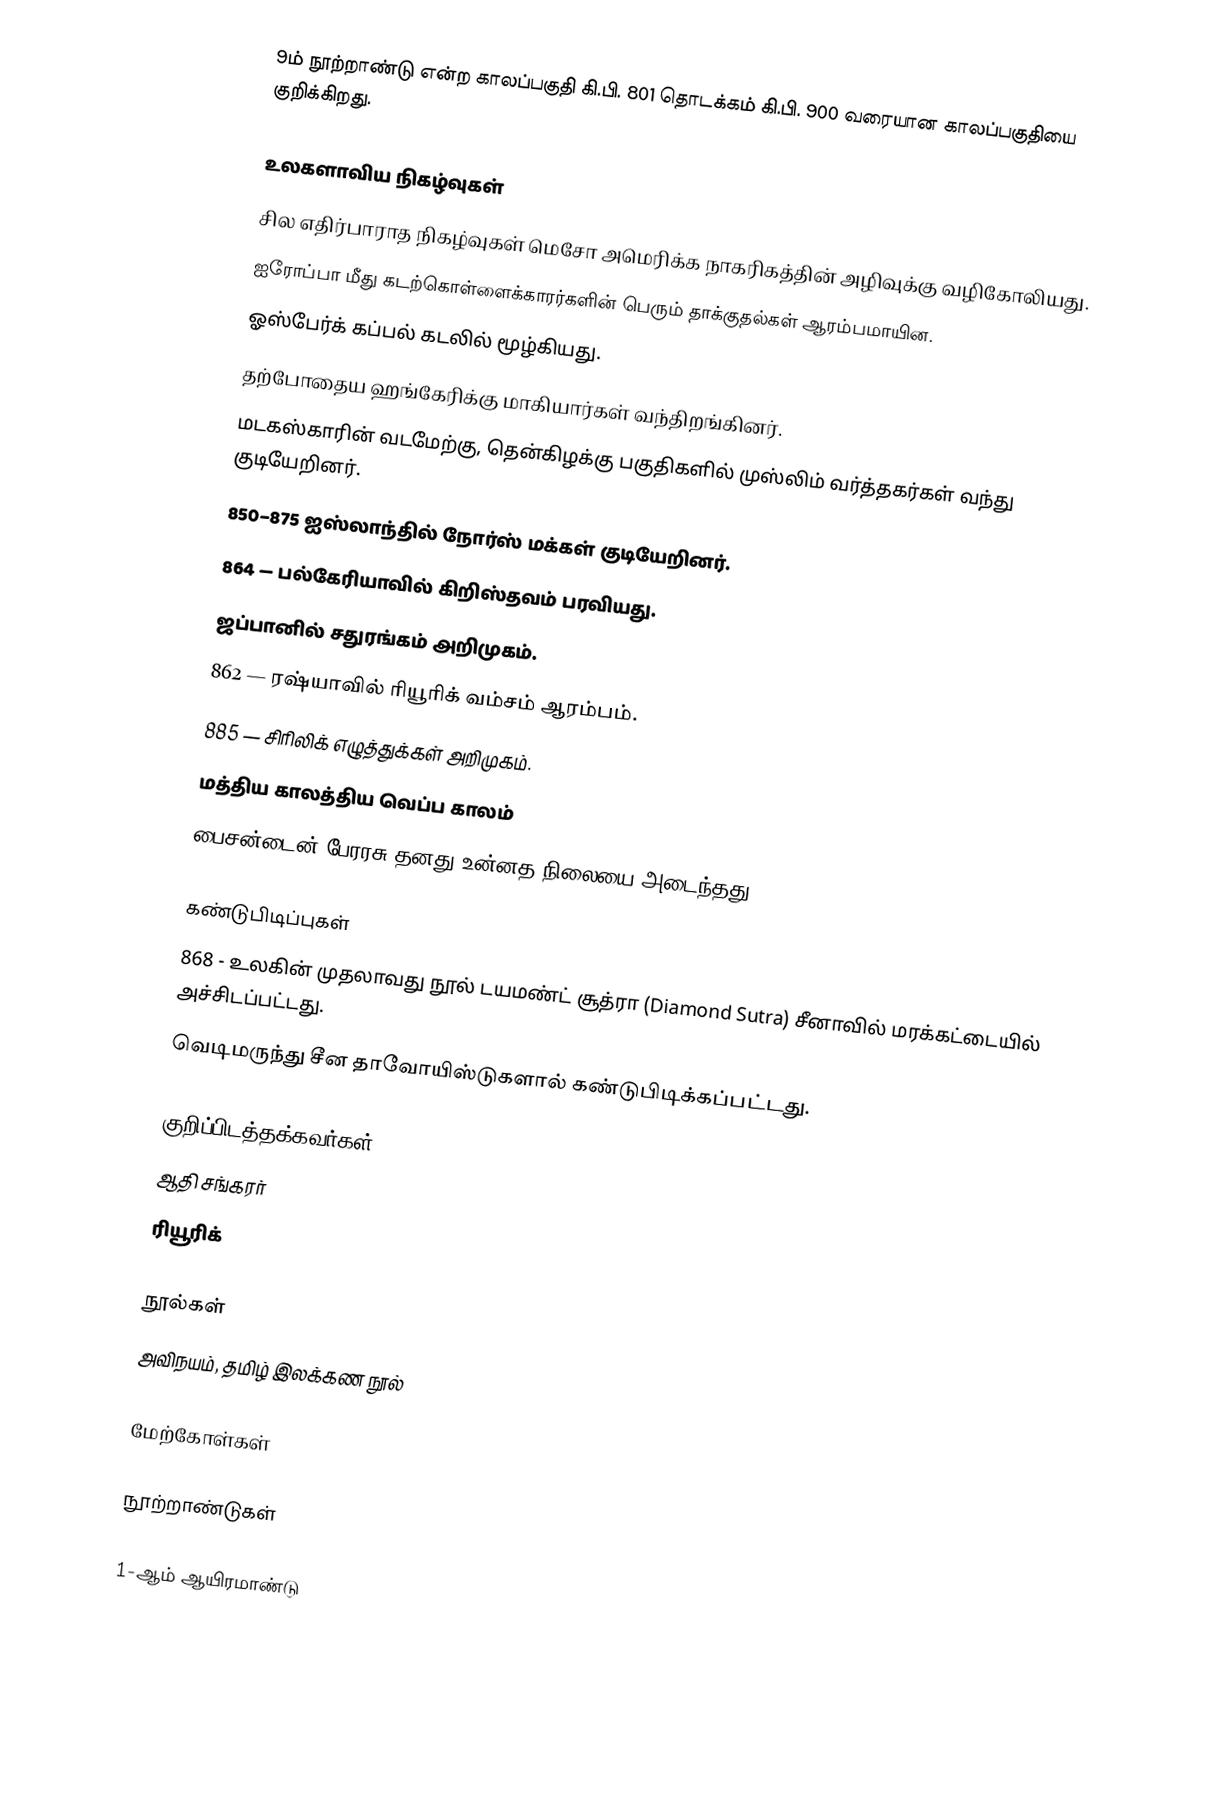
9ம் நூற்றாண்டு என்ற காலப்பகுதி கி.பி. 801 தொடக்கம் கி.பி. 900 வரையான காலப்பகுதியை குறிக்கிறது.

உலகளாவிய நிகழ்வுகள்
 சில எதிர்பாராத நிகழ்வுகள் மெசோ அமெரிக்க நாகரிகத்தின் அழிவுக்கு வழிகோலியது.
 ஐரோப்பா மீது கடற்கொள்ளைக்காரர்களின் பெரும் தாக்குதல்கள் ஆரம்பமாயின.
 ஓஸ்பேர்க் கப்பல் கடலில் மூழ்கியது.
 தற்போதைய ஹங்கேரிக்கு மாகியார்கள் வந்திறங்கினர்.
 மடகஸ்காரின் வடமேற்கு, தென்கிழக்கு பகுதிகளில் முஸ்லிம் வர்த்தகர்கள் வந்து குடியேறினர்.
 850–875 ஐஸ்லாந்தில் நோர்ஸ் மக்கள் குடியேறினர்.
 864 — பல்கேரியாவில் கிறிஸ்தவம் பரவியது.
 ஜப்பானில் சதுரங்கம் அறிமுகம்.
 862 — ரஷ்யாவில் ரியூரிக் வம்சம் ஆரம்பம்.
 885 — சிரிலிக் எழுத்துக்கள் அறிமுகம்.
 மத்திய காலத்திய வெப்ப காலம்
 பைசன்டைன் பேரரசு தனது உன்னத நிலையை அடைந்தது.

கண்டுபிடிப்புகள்
 868 - உலகின் முதலாவது நூல் டயமண்ட் சூத்ரா (Diamond Sutra) சீனாவில் மரக்கட்டையில் அச்சிடப்பட்டது.
 வெடிமருந்து சீன தாவோயிஸ்டுகளால் கண்டுபிடிக்கப்பட்டது.

குறிப்பிடத்தக்கவர்கள்
 ஆதி சங்கரர்
 ரியூரிக்

நூல்கள்
 அவிநயம், தமிழ் இலக்கண நூல்

மேற்கோள்கள்

நூற்றாண்டுகள்

1-ஆம் ஆயிரமாண்டு